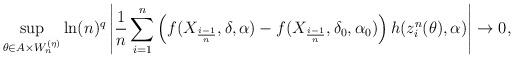
LaTeX: \begin{align*} \sup_{ \theta \in A \times W_n^{(\eta)} } \ln(n)^q\left| \frac{1}{n}\sum_{i=1}^n \left( f(X_{\frac{i-1}{n}}, \delta, \alpha) - f(X_{\frac{i-1}{n}}, \delta_0, \alpha_0) \right) h(z^n_i(\theta), \alpha) \right| \to 0,\end{align*}